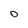
Character: o